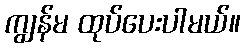
ကျွန်မ ထုပ်ပေးပါမယ်။